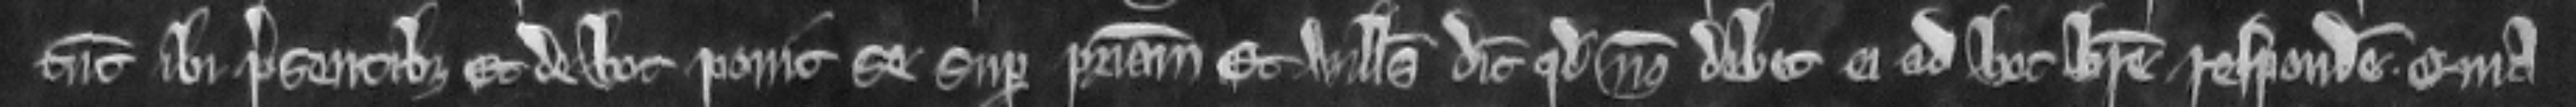
tunc ibi presentibus. Et de hoc ponit se super patriam. Et Willelmus dicit quod non debet ei ad hoc breve respondere quia